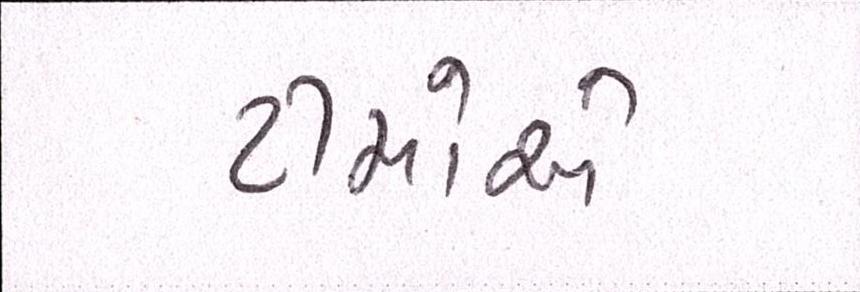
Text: ટીમોએ